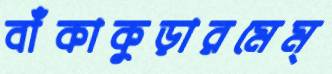
বাঁকাকুড়ারমেম্